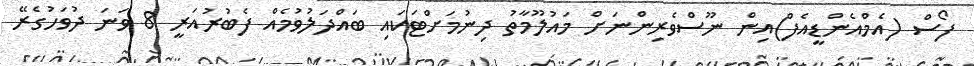
ފޯސް (އެމްއެންޑީއެފް)އިން ނޫސްވެރިންނަށް މައުލޫމާތު ދިނުމަށްޓަކައި ބައްދަލުވުމެއް ފެބުރުއަރީ 8 ވަނަ ދުވަހުގެރޭ